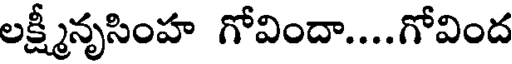
లక్ష్మీనృసింహ గోవిందా....గోవింద